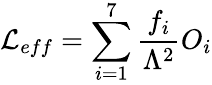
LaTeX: {\cal L}_{eff}=\sum_{i=1}^{7}\frac{f_{i}}{\Lambda^{2}}O_{i}